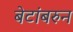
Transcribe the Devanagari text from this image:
बेटांबरुन